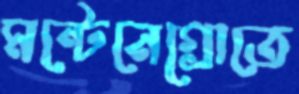
মন্টেনেগ্রোতে